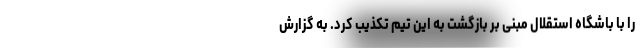
را با باشگاه استقلال مبنی بر بازگشت به این تیم تکذیب کرد. به گزارش